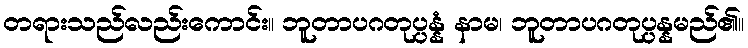
တရားသည်လည်းကောင်း။ ဘူတာပဂတုပ္ပန္နံ နာမ၊ ဘူတာပဂတုပ္ပန္နမည်၏။